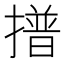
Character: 𭢞